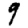
Digit: 9